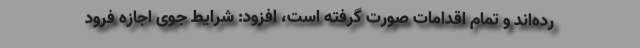
رده‌اند و تمام اقدامات صورت گرفته است، افزود: شرایط جوی اجازه فرود